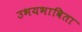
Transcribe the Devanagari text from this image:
उभयभाविता